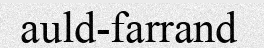
auld-farrand